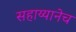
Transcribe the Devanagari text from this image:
सहाय्यानेच